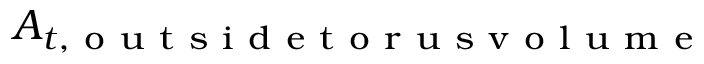
\boldsymbol { A _ { t , \mathrm { ~ o ~ u ~ t ~ s ~ i ~ d ~ e ~ t ~ o ~ r ~ u ~ s ~ v ~ o ~ l ~ u ~ m ~ e ~ } } }